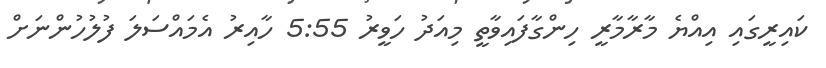
ކައިރީގައި އިއްޔެ މާރާމާރީ ހިންގާފައިވާތީ މިއަދު ހަވީރު 5:55 ހާއިރު އެމައްސަލަ ފުލުހުންނަށް